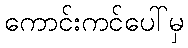
ကောင်းကင်ပေါ်မှ